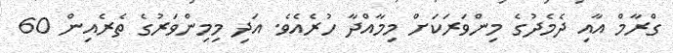
ގްރާމް އާއި ދެމެދުގެ މިންވަރަކަށް މިމާއްދާ ހުރެއެވެ. އަދި މިމިންވަރުގެ ތެރެއިން 60